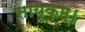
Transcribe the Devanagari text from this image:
सायकम्।